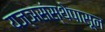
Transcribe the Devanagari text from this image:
यज्ञसंस्थेपासून